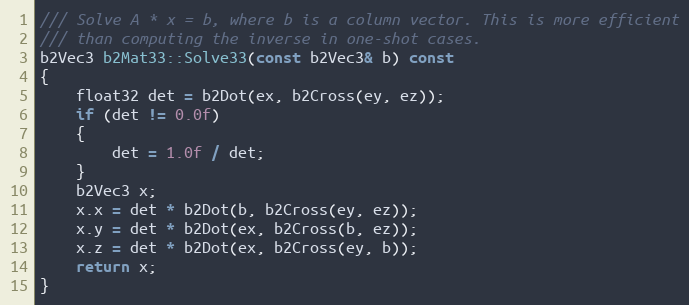
Language: C++
/// Solve A * x = b, where b is a column vector. This is more efficient
/// than computing the inverse in one-shot cases.
b2Vec3 b2Mat33::Solve33(const b2Vec3& b) const
{
	float32 det = b2Dot(ex, b2Cross(ey, ez));
	if (det != 0.0f)
	{
		det = 1.0f / det;
	}
	b2Vec3 x;
	x.x = det * b2Dot(b, b2Cross(ey, ez));
	x.y = det * b2Dot(ex, b2Cross(b, ez));
	x.z = det * b2Dot(ex, b2Cross(ey, b));
	return x;
}